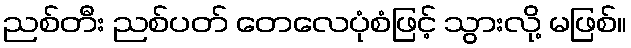
ညစ်တီး ညစ်ပတ် တေလေပုံစံဖြင့် သွားလို့ မဖြစ်။